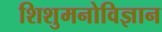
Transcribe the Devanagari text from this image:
शिशुमनोविज्ञान